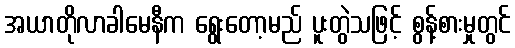
အယာတိုလာခါမေနီက ရွေးတော့မည် ပူးတွဲသဖြင့် စွန့်စားမှုတွင်